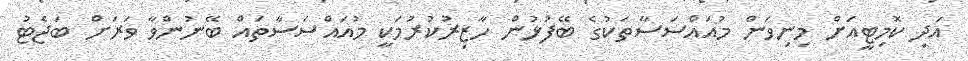
އަދި ކޮމިޓީއަށް މިނިވަން މުއައްސަސާތަކުގެ ބޭފުޅުން ހާޒިރުކުރުމަކީ މުއައްސަސާތައް ބޭނުންވާ ވަރަށް ބަޖެޓު